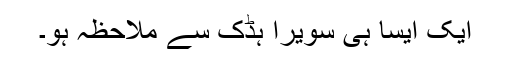
ایک ایسا ہی سویرا ہڈک سے ملاحظہ ہو۔